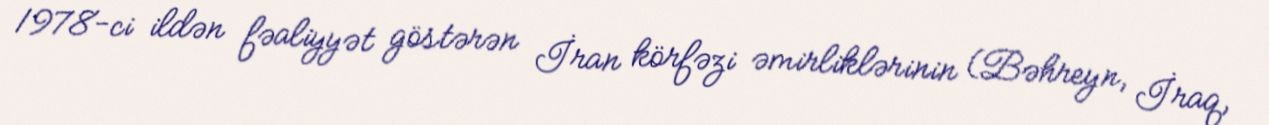
1978-ci ildən fəaliyyət göstərən İran körfəzi əmirliklərinin (Bəhreyn, İraq,